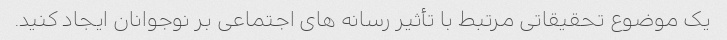
یک موضوع تحقیقاتی مرتبط با تأثیر رسانه های اجتماعی بر نوجوانان ایجاد کنید.